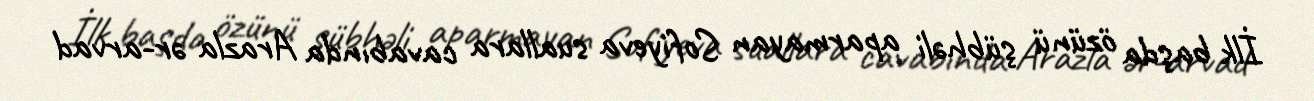
İlk başda özünü şübhəli aparmayan Sofiyeva suallara cavabında Arazla ər-arvad